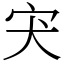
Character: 宊